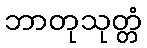
ဘာတုသုတ္တံ